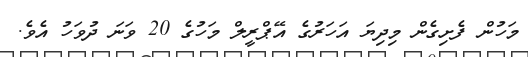
މަހުން ފެށިގެން މިދިޔަ އަހަރުގެ އޭޕްރީލް މަހުގެ 20 ވަނަ ދުވަހު އެވެ.